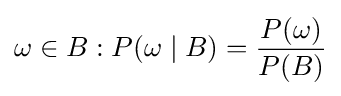
\omega \in B:P(\omega \mid B)={\frac {P(\omega )}{P(B)}}